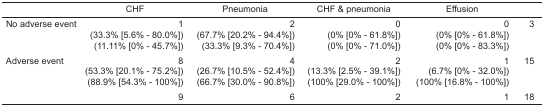
<table><thead><tr><td></td><td><b>CHF</b></td><td><b>Pneumonia</b></td><td><b>CHF &amp; pneumonia</b></td><td><b>Effusion</b></td><td></td></tr></thead><tbody><tr><td>No adverse event</td><td>1</td><td>2</td><td>0</td><td>0</td><td>3</td></tr><tr><td></td><td>(33.3% [5.6% – 80.0%])</td><td>(67.7% [20.2% – 94.4%])</td><td>(0% [0% – 61.8%])</td><td>(0% [0% – 61.8%])</td><td></td></tr><tr><td></td><td>(11.11% [0% – 45.7%])</td><td>(33.3% [9.3% – 70.4%])</td><td>(0% [0% – 71.0%])</td><td>(0% [0% – 83.3%])</td><td></td></tr><tr><td>Adverse event</td><td>8</td><td>4</td><td>2</td><td>1</td><td>15</td></tr><tr><td></td><td>(53.3% [20.1% – 75.2%])</td><td>(26.7% [10.5% – 52.4%])</td><td>(13.3% [2.5% – 39.1%])</td><td>(6.7% [0% – 32.0%])</td><td></td></tr><tr><td></td><td>(88.9% [54.3% – 100%])</td><td>(66.7% [30.0% – 90.8%])</td><td>(100% [29.0% – 100%])</td><td>(100% [16.8% – 100%])</td><td></td></tr><tr><td></td><td>9</td><td>6</td><td>2</td><td>1</td><td>18</td></tr></tbody></table>